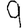
Digit: 9